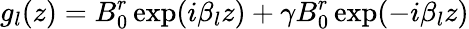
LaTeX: g_{l}(z)=B_{0}^{r}\exp(i\beta_{l}z)+\gamma B_{0}^{r}\exp(-i\beta_{l}z)